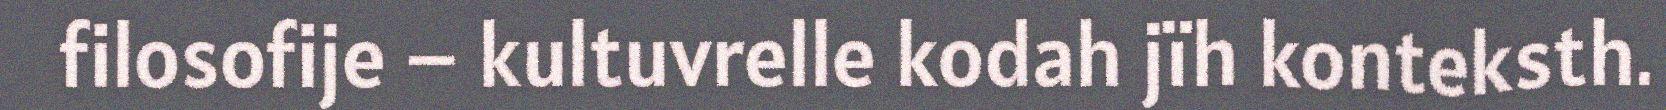
filosofije – kultuvrelle kodah jïh konteksth.